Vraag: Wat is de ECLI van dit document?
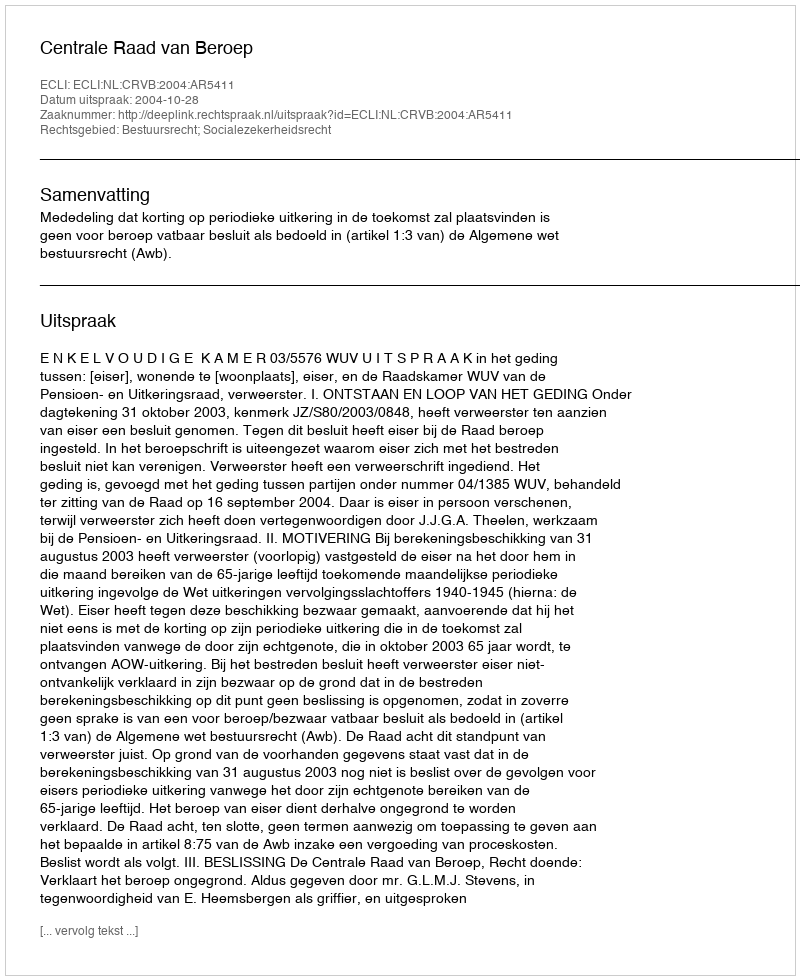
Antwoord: ECLI:NL:CRVB:2004:AR5411